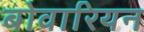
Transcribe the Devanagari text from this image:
बोवारियन